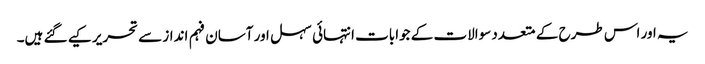
یہ اور اس طرح کے متعدد سوالات کے جوابات انتہائی سہل اور آسان فہم انداز سے تحریر کیے گئے ہیں۔